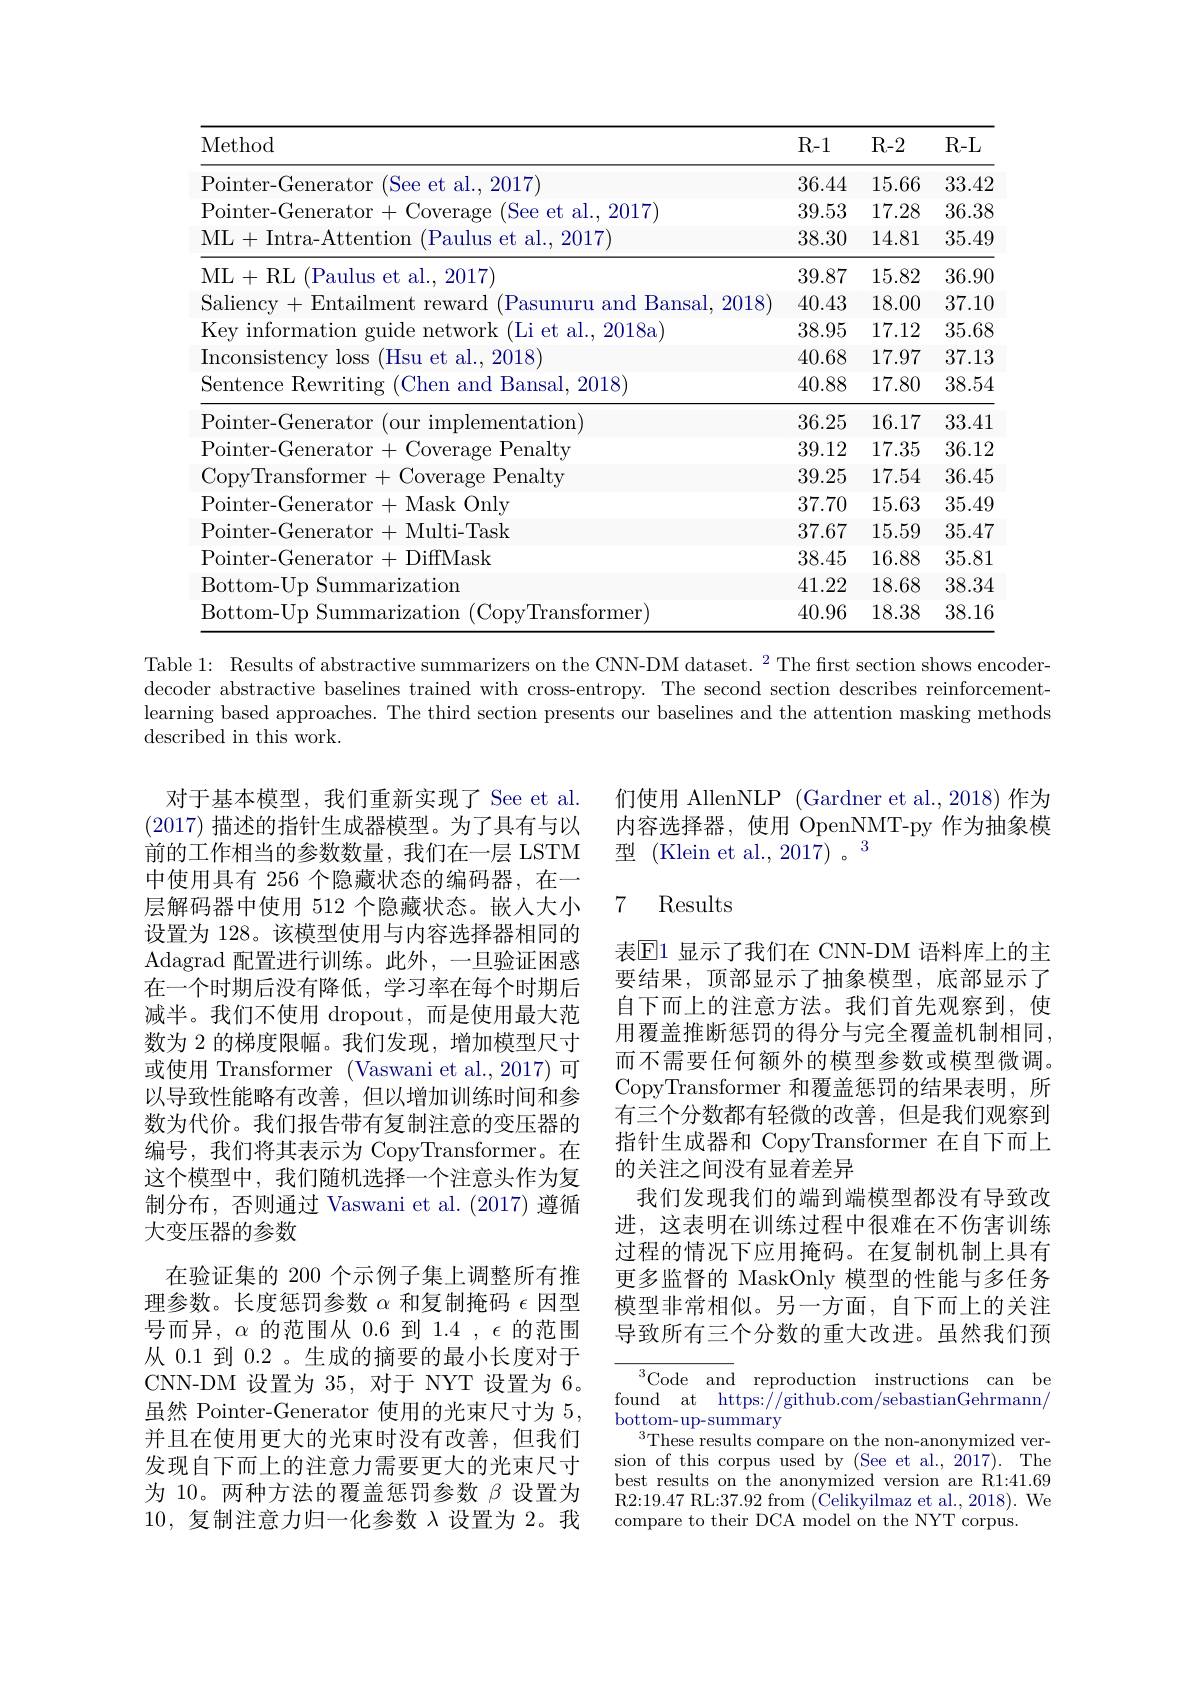
<table>
	<tbody>
		<tr>
			<th>Method</th>
			<th>R- 1</th>
			<th>R- 2</th>
			<th>R- L</th>
		</tr>
		<tr>
			<td>2017) Pointer ${\mathrm{et}}$ $\because$ al</td>
			<td>36.44</td>
			<td>15.66</td>
			<td>33.42</td>
		</tr>
		<tr>
			<td>Pointer (reneraton Coveraoe See et $al$ 2017</td>
			<td>39.53</td>
			<td>17.28</td>
			<td>36.38</td>
		</tr>
		<tr>
			<td>ML+Intra-Attention ( Paulus et al. , 2017) </td>
			<td>38.30</td>
			<td>14.81</td>
			<td>35.49</td>
		</tr>
		<tr>
			<td>et al., 2017) MT,+ R</td>
			<td>39.87</td>
			<td>15.82</td>
			<td>36.90</td>
		</tr>
		<tr>
			<td>Saliency +Entailment p reward $(Pas1$ and 1 Bansal. 2018</td>
			<td>40.43</td>
			<td>18.00</td>
			<td>37.10</td>
		</tr>
		<tr>
			<td>Kev informatior 1110 twork $(1,i)$et al. 2018a</td>
			<td>38.95</td>
			<td>17.12</td>
			<td>35.68</td>
		</tr>
		<tr>
			<td>Inconsistencv (Hsu et t al...2018</td>
			<td>40.68</td>
			<td>17.97</td>
			<td>37.13</td>
		</tr>
		<tr>
			<td>Sentence Rewriting :(Chen and Bansal, 2018)</td>
			<td>40.88</td>
			<td>17.80</td>
			<td>38.54</td>
		</tr>
		<tr>
			<td>ntation)</td>
			<td>36.25</td>
			<td>16.17</td>
			<td>33.41</td>
		</tr>
		<tr>
			<td>Pointe $1_{\mathbf{T}}$ ${\mathrm{enalty}}$</td>
			<td>39.12</td>
			<td>17.35</td>
			<td>36.12</td>
		</tr>
		<tr>
			<td>Con$v^{\prime }$| rar ${:}{\mathrm{Penaltw}}$</td>
			<td>39.25</td>
			<td>17.54</td>
			<td>36.45</td>
		</tr>
		<tr>
			<td>$P_{\mathrm{Oi}}$ Mask Only</td>
			<td>37.70</td>
			<td>15.63</td>
			<td>35.49</td>
		</tr>
		<tr>
			<td>POi Multi- Task</td>
			<td>37.67</td>
			<td>15.59</td>
			<td>35.47</td>
		</tr>
		<tr>
			<td>$P0$i DiffMask</td>
			<td>38.45</td>
			<td>16.88</td>
			<td>35.81</td>
		</tr>
		<tr>
			<td>Bottom- Uc $S1$ $\operatorname{arization}$</td>
			<td>41.22</td>
			<td>18.68</td>
			<td>38.34</td>
		</tr>
		<tr>
			<td>Bottom- Ur $S111$ rrlzatlom CopvTransformer</td>
			<td>40.96</td>
			<td>18.38</td>
			<td>38.16</td>
		</tr>
	</tbody>
</table>

Table 1: Results of abstractive summarizers on the CNN-DM dataset. $^2$ The first section shows encoderdecoder abstractive baselines trained with cross-entropy. The second section describes reinforcementlearning based approaches. The third section presents our baselines and the attention masking methods described in this work.

们使用 AllenNLP (Gardner et al., 2018) 作为内容选择器，使用 OpenNMT-py 作为抽象模型 (Klein et al., 201$\tilde{7})。3$

## 7 Results

表$\mathbb{E}$1 显示了我们在 CNN-DM 语料库上的主要结果，顶部显示了抽象模型，底部显示了自下而上的注意方法。我们首先观察到，使用覆盖推断惩罚的得分与完全覆盖机制相同， 而不需要任何额外的模型参数或模型微调。CopyTransformer 和覆盖惩罚的结果表明，所有三个分数都有轻微的改善，但是我们观察到指针生成器和 CopyTransformer 在自下而上的关注之间没有显着差异
我们发现我们的端到端模型都没有导致改进，这表明在训练过程中很难在不伤害训练过程的情况下应用掩码。在复制机制上具有更多监督的 MaskOnly 模型的性能与多任务模型非常相似。另一方面，自下而上的关注导致所有三个分数的重大改进。虽然我们预

对于基本模型，我们重新实现了 See et al. (2017)描述的指针生成器模型。为了具有与以前的工作相当的参数数量，我们在一层 LSTM 中使用具有 256 个隐藏状态的编码器，在一层解码器中使用 512 个隐藏状态。嵌人大小设置为 128。该模型使用与内容选择器相同的Adagrad 配置进行训练。此外，一旦验证困惑在一个时期后没有降低，学习率在每个时期后减半。我们不使用 dropout,而是使用最大范数为 2 的梯度限幅。我们发现，增加模型尺寸或使用 Transformer (Vaswani et al.,2017)可以导致性能略有改善，但以增加训练时间和参数为代价。我们报告带有复制注意的变压器的编号，我们将其表示为 CopyTransformer。在这个模型中，我们随机选择一个注意头作为复制分布，否则通过 Vaswani et al. (2017) 遵循大变压器的参数
在验证集的 200 个示例子集上调整所有推理参数。长度惩罚参数$\alpha$和复制掩码$\epsilon$因型号而异，$\alpha$的范围从0.6到$1.4,\epsilon$的范围从 0.1 到 0.2 。生成的摘要的最小长度对于CNN-DM 设置为35，对于 NYT 设置为6。虽然 Pointer-Generator 使用的光束尺寸为 5, 并且在使用更大的光束时没有改善，但我们发现自下而上的注意力需要更大的光束尺寸为 10。两种方法的覆盖惩罚参数$\beta$设置为10,复制注意力归一化参数$\lambda$设置为 2。我

${}^{3}{\mathrm{Code}}$ and reproduction instructions canbe found at https://github.com/sebastianGehrmann/ bottom-up-summary
$^{3}$These results compare on the non-anonymized version of this corpus used by (See et al., 2017). The best results on the anonymized version are R1:41.69 R2:19.47 RL:37.92 from (Celikyilmaz et al., 2018). We compare to their DCA model on the NYT corpus.